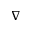
\nabla